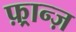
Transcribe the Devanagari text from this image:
फ़्रान्ज़